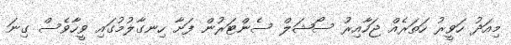
މިއަދު ހަވީރު ހަތަރެއް ޖަހާއިރު ސޯޝަލް ސެންޓަރުން ފަށާ ހިނގާލުމުގައި ވީހާވެސް ގިނަ